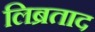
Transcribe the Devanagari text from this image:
लिब्रताद